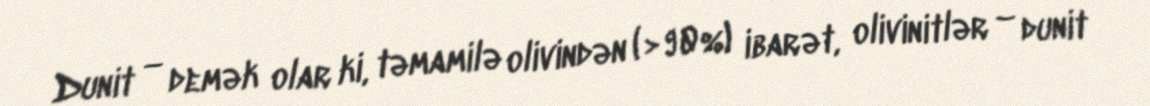
Dunit — demək olar ki, təmamilə olivindən (>90%) ibarət, olivinitlər – dunit